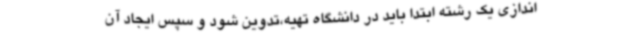
اندازی یک رشته ابتدا باید در دانشگاه تهیه،تدوین شود و سپس ایجاد آن